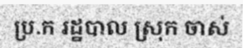
ប្រ.ក រដ្ឋបាល ស្រុក ចាស់